Annual report on the health of the army in India
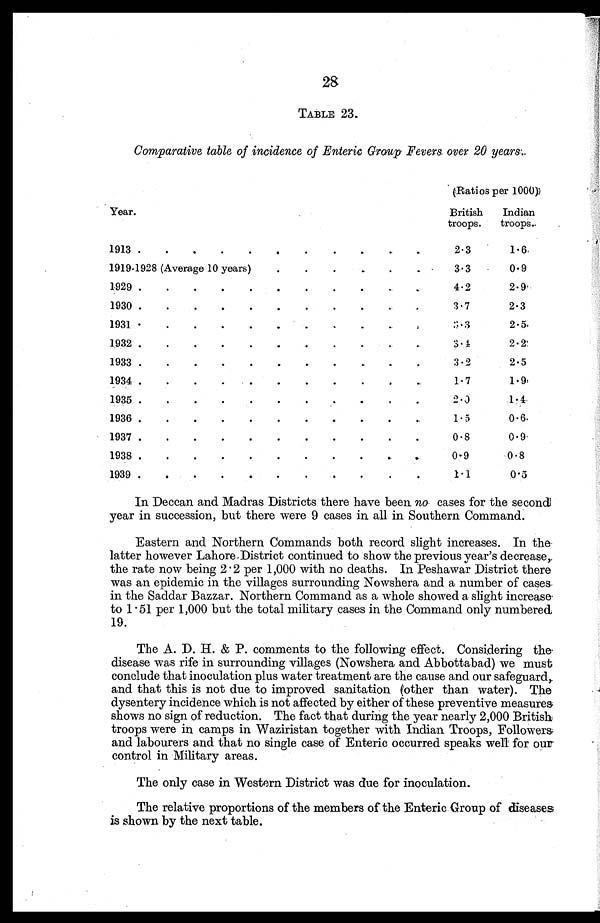
2S
TABLE 23.
Comparative table of incidence of Enteric Group Fevers, over 20 years.
Year .
(Ratios per 1000)
British
troops.
Indian
troops.
1913 .
.
.
.
.
. .
.
.
.
.
2.3
1.6
1919-1928 (Average 10 years) .
.
.
.
.
.
.
3.3
0.9
1929 .
.
.
.
.
.
. .
.
.
.
4.2
2.9
1930 .
.
.
.
.
.
.
.
.
.
.
3.7
2.3
1931 .
.
.
.
.
.
.
.
.
.
.
3.3
2.5
1932.
.
.
.
.
.
.
.
.
.
.
3 . 4
2.2
1933 .
.
.
.
.
.
.
.
.
.
.
3.2
2.5
1934 .
.
.
.
.
.
.
.
.
. .
1.7
1.9
1935 .
.
.
.
.
.
.
.
.
.
.
2.0
1.4
1936 .
.
.
.
.
.
.
.
.
.
.
1.5
0.6
1937 .
.
.
.
.
.
.
.
.
.
.
0.8
0.9
1938 .
.
.
.
.
.
.
.
.
.
.
0.9
0 8
.
1939 .
.
.
.
.
.
.
.
.
.
.
1.1
0.5
In Deccan and Madras Districts there have been no cases for the second
year in succession, but there were 9 cases in. all in Southern Command.
Eastern and Northern Commands both record slight increases. In the
latter however Lahore District continued to show the previous year's decrease,
the rate now being 2 . 2 per 1,000 with no deaths. In Peshawar District there
was an epidemic in the villages surrounding Nowshera and a number of cases.
in the Saddar Bazzar. Northern Command as a whole showed a slight increase.
to 1.51 per 1,000 but the total military cases in the Command only numbered
19.
The A. D. H. & P. comments to the following effect. Considering the
disease was rife in surrounding villages (Nowshera and Abbottabad) we must
conclude that inoculation plus water treatment are the cause and our safeguard,
and that this is not due to improved sanitation (other than water). The
dysentery incidence which is not affected by either of these preventive measures
shows no sign of reduction. The fact that during the year nearly 2,000 British
troops were in camps in Waziristan together with Indian Troops, Followers.
and labourers and that no single case of Enteric occurred speaks well for our
control in Military areas.
The only case in Western District was due for inoculation.
The relative proportions of the members of the Enteric Group of diseases
is shown by the next table.